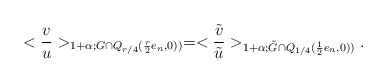
\begin{align*}< \frac{v}{u} >_{1+\alpha; G \cap Q_{r/4}( \frac{r}{2} e_n, 0))}= < \frac{\tilde v}{\tilde u}>_{1+ \alpha; \tilde G \cap Q_{1/4}( \frac{1}{2} e_n, 0))}.\end{align*}